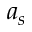
a _ { s }